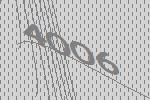
4006